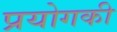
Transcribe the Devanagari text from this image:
प्रयोगकी